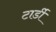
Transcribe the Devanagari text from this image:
टार्डी